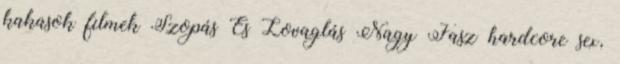
kakasok filmek Szopás És Lovaglás Nagy Fasz hardcore sex,